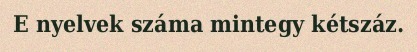
E nyelvek száma mintegy kétszáz.